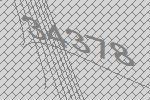
34378